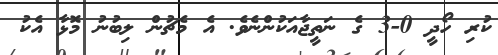
ކުރި ހޯދީ 0-3 ގެ ނަތީޖާއަކުންނެވެ. އެ މެޗުން ލިބުނު މޮޅާ އެކު